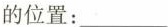
的位置:___